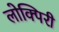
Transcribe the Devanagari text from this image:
लोक्पिरी